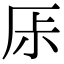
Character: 𠩏